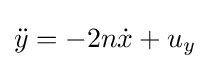
{\ddot {y}}=-2n{\dot {x}}+u_{y}